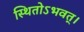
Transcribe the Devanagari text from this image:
स्थितोऽभवत्‌।